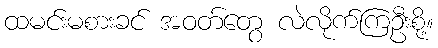
ထမင်းမစားခင် အဝတ်တွေ လဲလိုက်ကြဦးစို့။